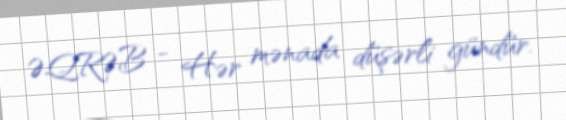
ƏQRƏB - Hər mənada düşərli gündür.